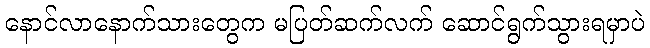
နောင်လာနောက်သားတွေက မပြတ်ဆက်လက် ဆောင်ရွက်သွားရမှာပဲ